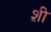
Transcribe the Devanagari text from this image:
श़ी